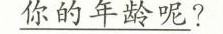
\underline{你的年龄呢}?